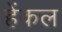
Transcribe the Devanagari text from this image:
हेंकल